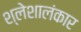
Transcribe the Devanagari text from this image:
श्लेशालंकार